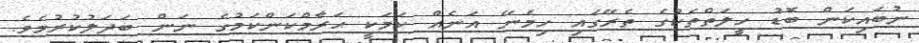
ނުބައިކަން ބޮޑު ހީލަތްތަކުގެ ތެރޭގައި ހިމެނޭ އަނެއް ކަމަކީ ޙަރާމްކަންކަމުގެ ނަން ބަދަލުކުރުމެވެ.